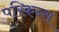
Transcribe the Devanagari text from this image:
परिकन्स